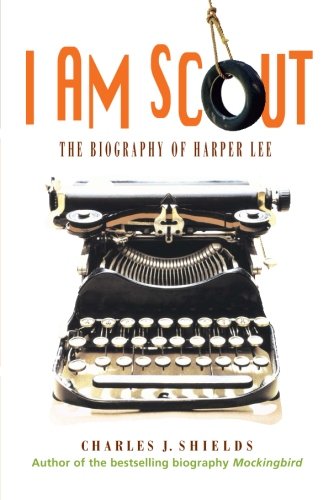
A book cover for I Am Scout: The Biography of Harper Lee; Charles J. Shields; Children's Books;